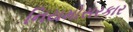
નિયમોસરકાર